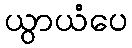
ယွာယံပေ